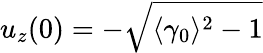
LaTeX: u_{z}(0)=-\sqrt{\langle\gamma_{0}\rangle^{2}-1}